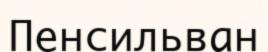
Пенсильван